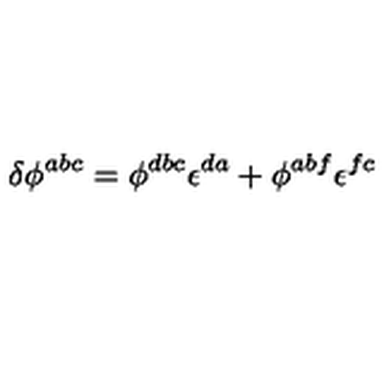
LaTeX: \delta \phi ^ { a b c } = \phi ^ { d b c } \epsilon ^ { d a } + \phi ^ { a b f } \epsilon ^ { f c }